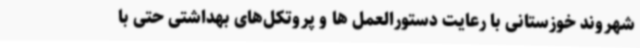
شهروند خوزستانی با رعایت دستورالعمل ها و پروتکل‌های بهداشتی حتی با